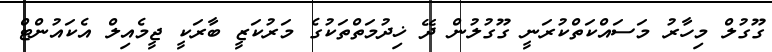
ގޫގުލް މިހާރު މަސައްކަތްކުރަނީ ގޫގުލުން ދޭ ޚިދުމަތްތަކުގެ މަރުކަޒީ ބާރަކީ ޖީމެއިލް އެކައުންޓް